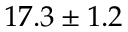
1 7 . 3 \pm 1 . 2